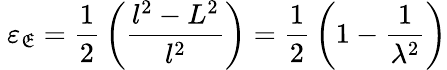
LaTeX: \ \varepsilon_{\mathfrak{E}}={\frac{{1}}{{2}}}\left({\frac{{l^{2}-L^{2}}}{{l^{2}}}}\right)={\frac{{1}}{{2}}}\left(1-{\frac{{1}}{{\lambda^{2}}}}\right)